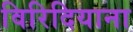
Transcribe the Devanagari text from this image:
विरिदियाना